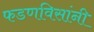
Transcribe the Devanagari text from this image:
फडणविसांनी